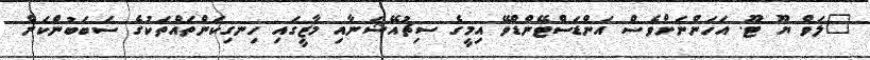
"ލަވް ޔޫ ޓޫ. އަހަންނަށްވެސް އަންޑަސްޓޭންޑްވޭ އިމީގެ ސިޗުއޭޝަނާއި މާޒީގައި ހިނގިކަންތައްތަކުގެ ސަބަބުންކަން